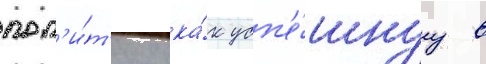
пол'и́т'ику ка́к усп'е́шнуу в